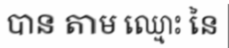
បាន តាម ឈ្មោះ នៃ